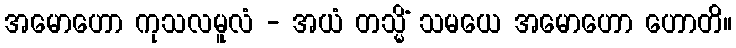
အမောဟော ကုသလမူလံ - အယံ တသ္မိံ သမယေ အမောဟော ဟောတိ။